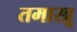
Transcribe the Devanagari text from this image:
तमाखू